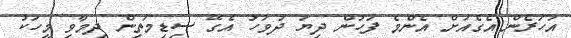
އަހަރެން އެގެއަށް އެންމެ ފަހުން ދިޔަ ދުވަހު އެގޭ ސިޑިމަތިން ދިމާވި މީހަކު